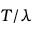
T / \lambda